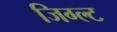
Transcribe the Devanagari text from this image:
जिग्ल्ट